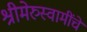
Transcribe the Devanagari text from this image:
श्रीमेरुस्वामींचे